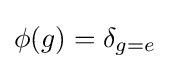
\phi (g)=\delta _{g=e}